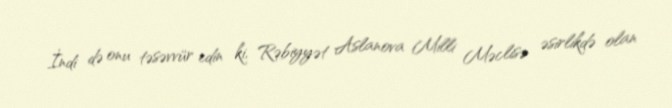
İndi də onu təsəvvür edin ki, Rəbiyyət Aslanova Milli Məclisə əsirlikdə olan